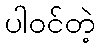
ပါဝင်တဲ့